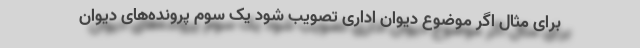
برای مثال اگر موضوع دیوان اداری تصویب شود یک سوم پرونده‌های دیوان